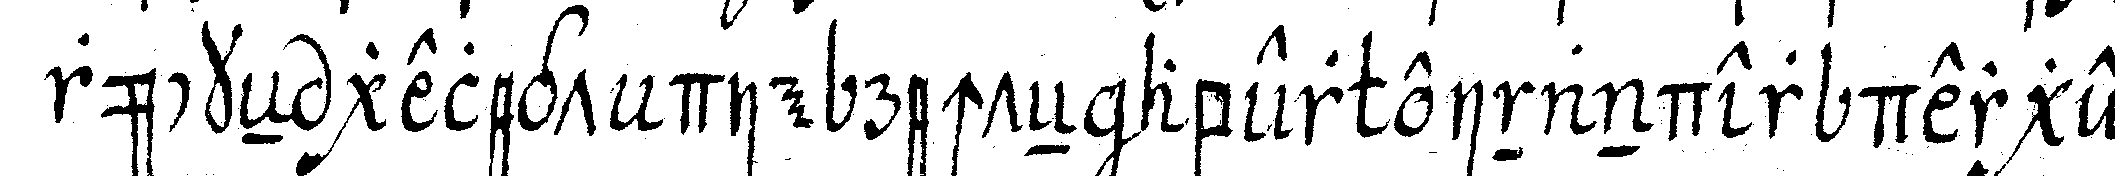
rückeN gelegt die rechteN aber einander derge